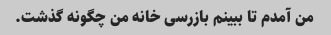
من آمدم تا ببینم بازرسی خانه من چگونه گذشت.